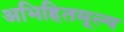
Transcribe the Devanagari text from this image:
अभिहितमूल्य